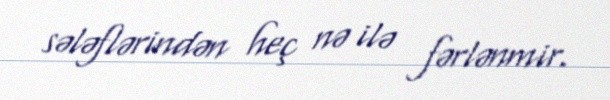
sələflərindən heç nə ilə fərlənmir.